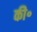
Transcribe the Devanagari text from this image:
की॰